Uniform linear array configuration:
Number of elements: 64
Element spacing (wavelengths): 0.25
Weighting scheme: kaiser
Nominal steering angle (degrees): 60
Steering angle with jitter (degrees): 61.961
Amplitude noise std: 0.05
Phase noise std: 0.05

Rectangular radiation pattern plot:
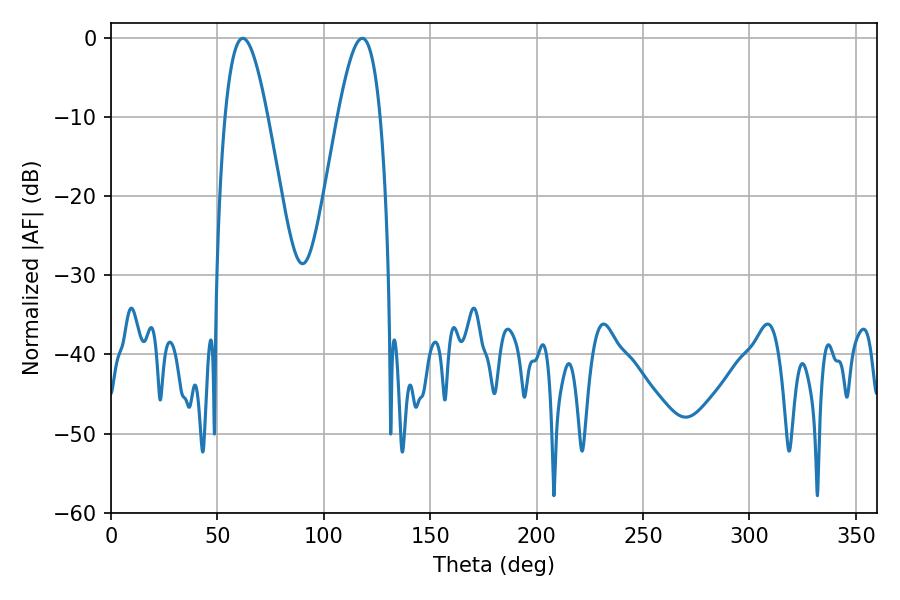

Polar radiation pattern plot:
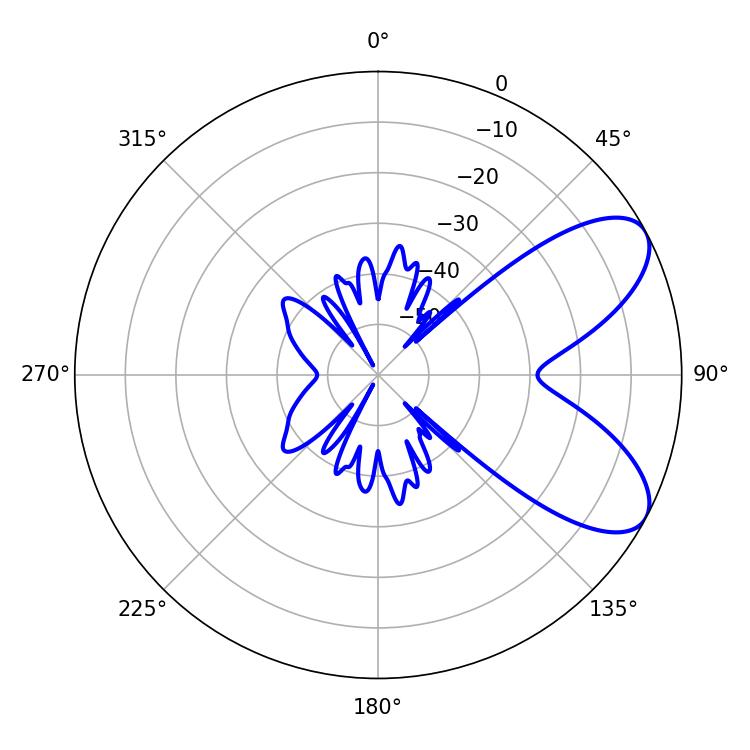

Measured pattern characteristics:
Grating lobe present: FALSE
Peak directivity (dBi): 7.383
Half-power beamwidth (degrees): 10.8
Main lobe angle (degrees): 61.92